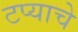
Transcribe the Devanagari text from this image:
टप्याचे